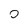
Character: O